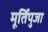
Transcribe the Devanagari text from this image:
मूर्तिपुजा